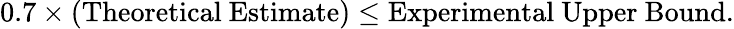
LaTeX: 0.7\times(\mathrm{Theoretical~Estimate})\leq\mathrm{Experimental~Upper~Bound}.